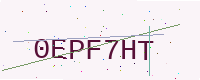
Text: 0EPF7HT